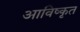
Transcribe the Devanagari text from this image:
आविष्‍कृत